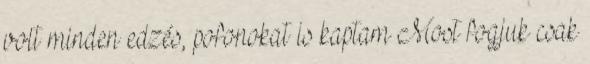
volt minden edzés, pofonokat is kaptam Most fogjuk csak